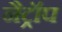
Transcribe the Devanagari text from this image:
नैट्रॉप